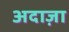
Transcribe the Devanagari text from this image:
अदाज़ा